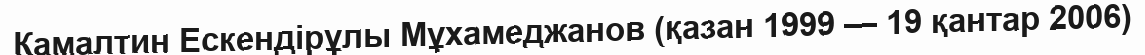
Камалтин Ескендірұлы Мұхамеджанов (қазан 1999 — 19 қантар 2006)